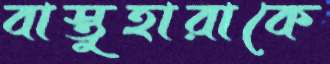
বাস্তুহারাকে